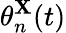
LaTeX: \theta_{n}^{\mathbf{X}}(t)